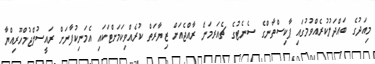
މިއަދުގެ ބައްދަލުކުރެއްވުމުގައި ޕާކިސްތާންގެ ސެނެޓުގެ ޗެއަރމަން ރާއްޖެއަށް ޒިޔާރަތް ކުރެއްވިކަމަށްޓަކައި އެމަނިކުފާނަށް ރައީސުލްޖުމްހޫރިއްޔާ